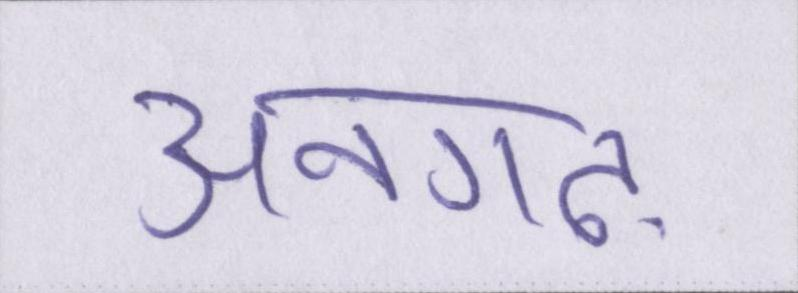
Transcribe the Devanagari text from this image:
अनगढ़